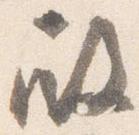
殿